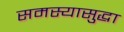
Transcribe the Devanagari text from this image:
समस्यासुद्धा